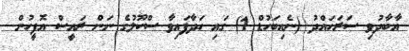
އާބާދުވި ސަރަހައްދު (ނެއިބަހުޑް 1) ގައި ހަދާފައިވާ ސްކޫލުގެ ނަން ރައީސް އޮފީހުން